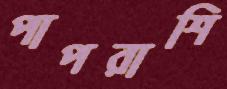
পাপরাশি